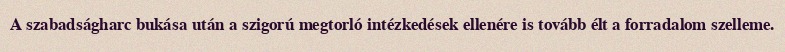
A szabadságharc bukása után a szigorú megtorló intézkedések ellenére is tovább élt a forradalom szelleme.